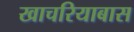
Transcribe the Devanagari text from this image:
खाचरियाबास